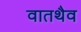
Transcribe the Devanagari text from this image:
वातथैव